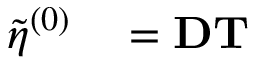
\begin{array} { r l } { \tilde { \eta } ^ { ( 0 ) } } & { { } = \mathbf { D } \mathbf { T } } \end{array}